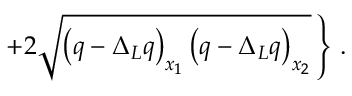
\left. + 2 \sqrt { \left( q - \Delta _ { L } q \right) _ { x _ { 1 } } \left( q - \Delta _ { L } q \right) _ { x _ { 2 } } } \, \right\} \, .